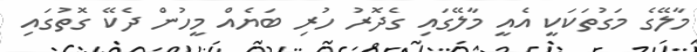
މާލޭގެ މަގުތަކަކީ އެއީ މާލޭގައި ގެދޮރު ހުރި ބަޔެއް މީހުން ދެކޭ ގޮތުގައި